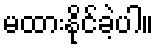
မထားနိုင်ခဲ့ပါ။